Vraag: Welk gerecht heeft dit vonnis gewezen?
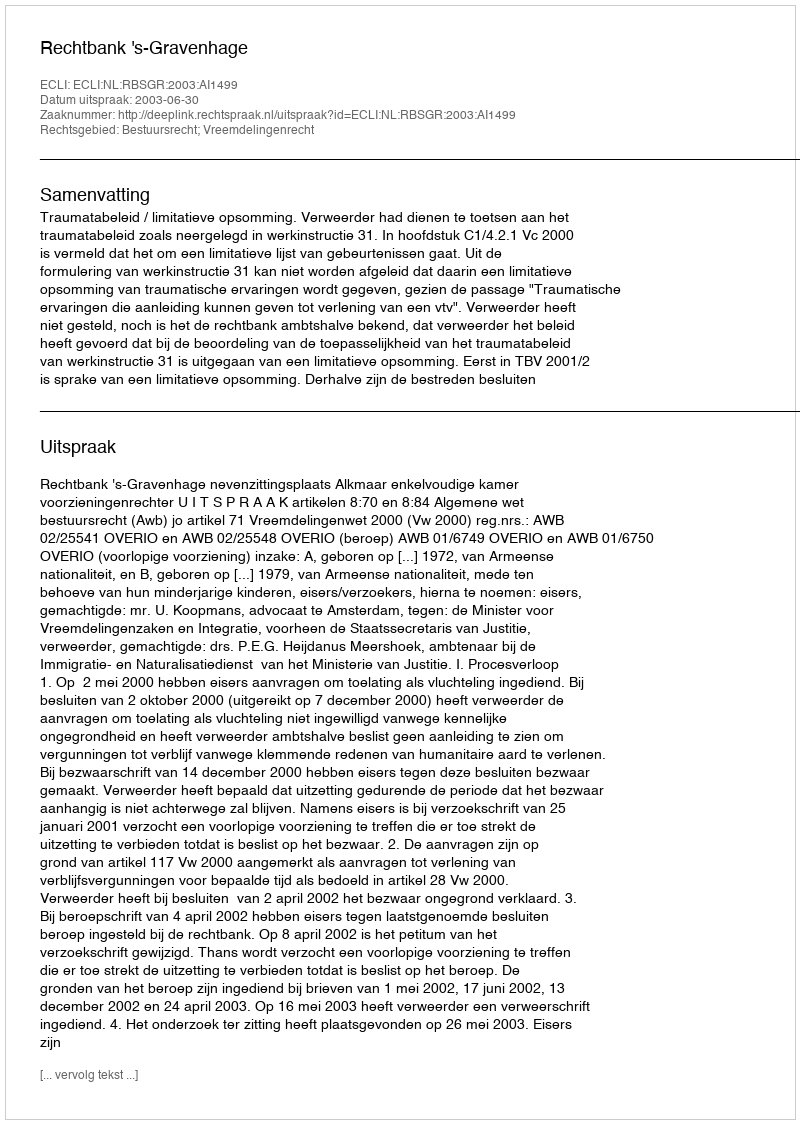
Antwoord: Rechtbank 's-Gravenhage